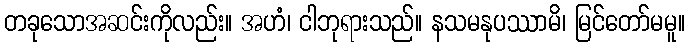
တခုသောအဆင်းကိုလည်း။ အဟံ၊ ငါဘုရားသည်။ နသမနုပဿာမိ၊ မြင်တော်မမူ။